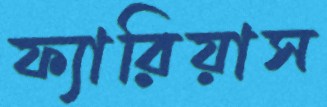
ফ্যারিয়াস